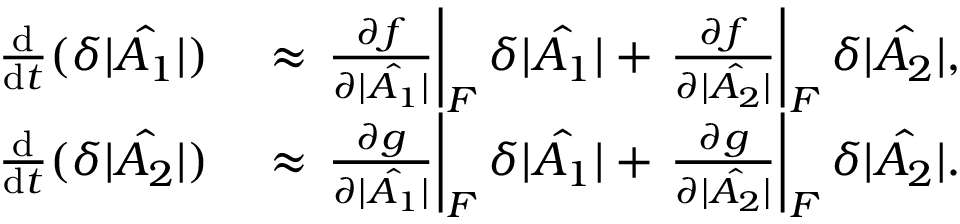
\begin{array} { r l } { \frac { \mathrm { d } } { \mathrm { d } t } ( \delta | \hat { A _ { 1 } } | ) } & { { } \approx \left. \frac { \partial f } { \partial | \hat { A _ { 1 } } | } \right| _ { F } \delta | \hat { A _ { 1 } } | + \left. \frac { \partial f } { \partial | \hat { A _ { 2 } } | } \right| _ { F } \delta | \hat { A _ { 2 } } | , } \\ { \frac { \mathrm { d } } { \mathrm { d } t } ( \delta | \hat { A _ { 2 } } | ) } & { { } \approx \left. \frac { \partial g } { \partial | \hat { A _ { 1 } } | } \right| _ { F } \delta | \hat { A _ { 1 } } | + \left. \frac { \partial g } { \partial | \hat { A _ { 2 } } | } \right| _ { F } \delta | \hat { A _ { 2 } } | . } \end{array}